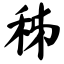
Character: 秭